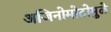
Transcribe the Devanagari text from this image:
अजिनोमोटोमुळे